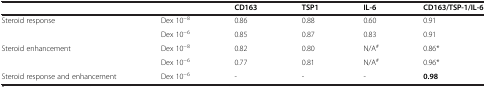
|  |  | CD163 | TSP1 | IL-6 | CD163/TSP-1/IL-6 |
 | --- | --- | --- | --- | --- | --- |
 | Steroid response | Dex 10-8 | 0.86 | 0.88 | 0.60 | 0.91 |
 |  | Dex 10-6 | 0.85 | 0.87 | 0.83 | 0.91 |
 | Steroid enhancement | Dex 10-8 | 0.82 | 0.80 | N/A# | 0.86* |
 |  | Dex 10-6 | 0.77 | 0.81 | N/A# | 0.96* |
 | Steroid response and enhancement | Dex 10-6 | - | - | - | 0.98 |